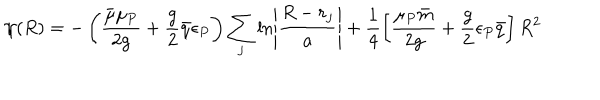
LaTeX: \psi ( R ) = - \left( \frac { \bar { \mu } \mu _ { P } } { 2 g } + \frac { g } { 2 } \bar { q } \epsilon _ { P } \right) \sum _ { j } \ln \left| \frac { R - r _ { j } } { a } \right| + \frac { 1 } { 4 } \left[ \frac { \mu _ { P } \bar { m } } { 2 g } + \frac { g } { 2 } \epsilon _ { P } \bar { q } \right] R ^ { 2 }